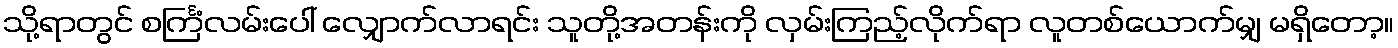
သို့ရာတွင် စင်္ကြံလမ်းပေါ် လျှောက်လာရင်း သူတို့အတန်းကို လှမ်းကြည့်လိုက်ရာ လူတစ်ယောက်မျှ မရှိတော့။